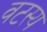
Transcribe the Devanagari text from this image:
वटस्य